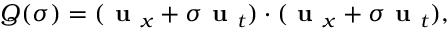
Q ( \sigma ) = ( \textbf { u } _ { x } + \sigma \textbf { u } _ { t } ) \cdot ( \textbf { u } _ { x } + \sigma \textbf { u } _ { t } ) ,